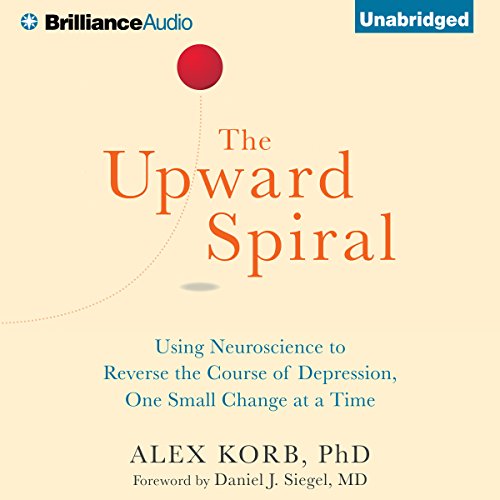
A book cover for The Upward Spiral: Using Neuroscience to Reverse the Course of Depression, One Small Change at a Time; Alex Korb; Medical Books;